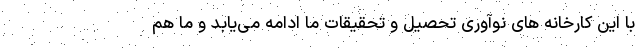
با این کارخانه های نوآوری تحصیل و تحقیقات ما ادامه می‌یابد و ما هم